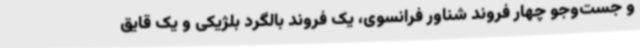
و جست‌وجو چهار فروند شناور فرانسوی، یک فروند بالگرد بلژیکی و یک قایق